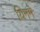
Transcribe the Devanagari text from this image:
यिनमे